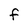
Character: F